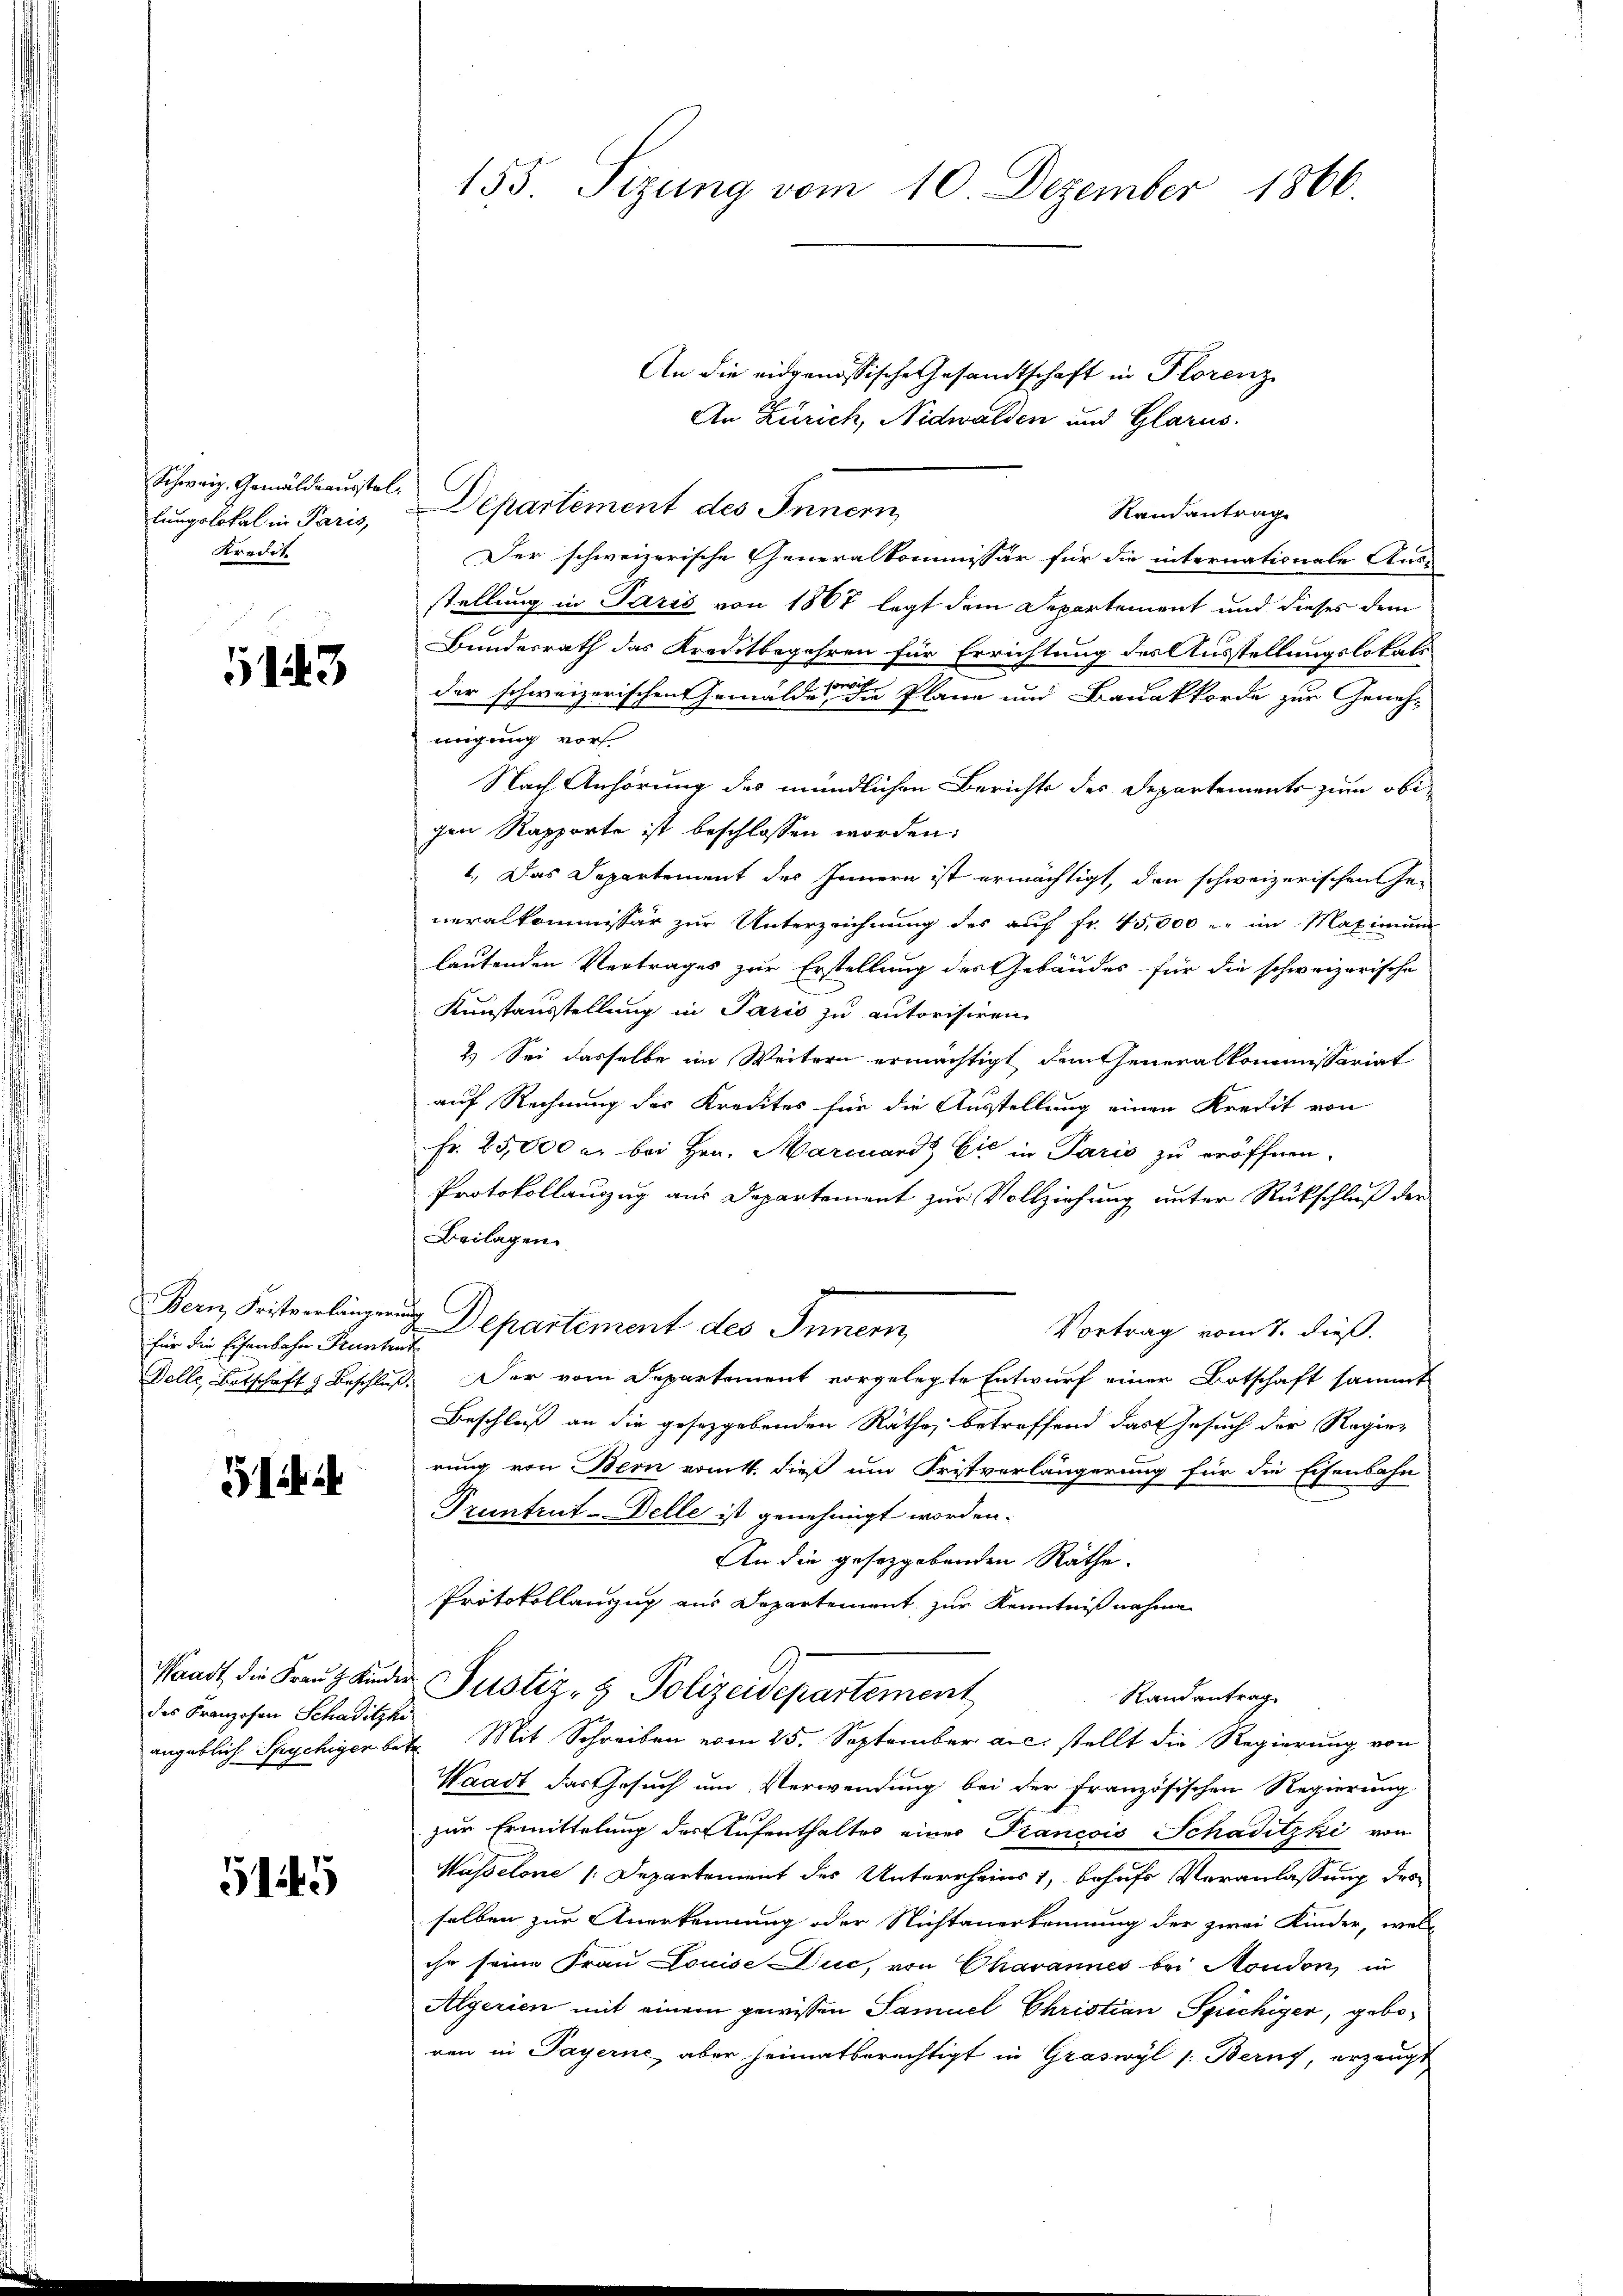
lungslokal in Paris,
Kredit

143

Bern, Fristverlängen
für die Eisenbahn Pruntrut

51.

des Franzosen Schaditzke

5145

155. Sizung vom 10. Dezember 1866.

An die eidgenössische Gesandtschaft in Florenz
An Zürich, Nidwalden und Glarus.
Randantrag
Der schweizerische Generalkommissär für die internationale Ausstellung in Paris von 1867 legt dem Departement und dieses dem
Bundesrath das Kreditbegehren für Errichtung des Ausstellungslokals
der schweizerischen Gemälde der Plane und Bauakkorde zur Genehmigung vors
Nach Anhörung des mündlichen Berichts des Departements zum obigen Rapporte ist beschlossen worden.
1. Das Departement des Innern ist ermächtigt, den schweizerischen Ge-
neralkommissär zur Unterzeichnung des auf fr. 45,000 r. im Maximum
lautenden Vertrages zur Erstellung des Gebäudes für die schweizerische
Kunstausstellung in Paris zu autorisiren
2.) Sei dasselbe im Weitern ermächtigt dantheneralkommissariat
auf Rechnung des Kredites für die Ausstellung einen Kredit von
Fr. 25,000 er bei Hrn. Marcuard Cie in Paris zu eröffnen.
Protokollanzug aus Departement zur Vollziehung unter Rückschluß der
Beilagen
 Departement des Innern,
Vortrag vom 7. dieß.
Delle, Botschaft & Beschluß: Der vom Departement vorgelegte Entwurf einer Botschaft sammt
Beschluß an die gesetzgebenden Räthe, betreffend das Gesuch der Regier
rung von Bern ermitt. dieß um Fristverlängerung für die Eisenbahn
Pruntrut-Delle ist genehmigt worden.
An die gesetzgebenden Räthe.
Protokollanzug aus Departement zur Kenntnißnahme
Waadt, die Franz ander Justiz- & Polizeidepartement
Randantrag
angeblich Spychiger betr. Mit Schreiben vom 25. September a.c. stellt die Regierung von
Waadt das Gesuch um Verwendung bei der französischen Regierung
zur Ermittelung des Aufenthaltes einer Francois Schaditzki von
Wasselone /: Departement des Unterrheins 1, behufs Veranlassung des
selben zur Anerkennung oder Nichtanerkennung der zwei Kinder, wel
ihr seine Frau Louise Duc, von Chavannes bei Moudon in
Algerien mit einem gewissen Samuel Christian Sprichiger, geboren in Payerne, aber heimatberechtigt in Graswyl /: Beruf, erzeugt

Schweiz. Gemäldrausste. Departement des Innern